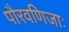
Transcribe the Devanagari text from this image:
पौरवणिजाः